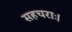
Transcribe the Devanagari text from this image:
सहचराः।